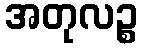
အတုလဉ္စ